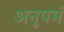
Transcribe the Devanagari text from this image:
अनुपमं